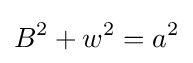
B^{2}+w^{2}=a^{2}